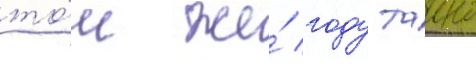
то́м же́ году таино